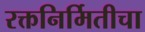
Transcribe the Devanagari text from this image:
रक्तनिर्मितीचा